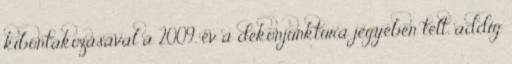
kibontakozásával a 2009. év a dekonjunktúra jegyében telt, addig